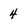
Character: 4